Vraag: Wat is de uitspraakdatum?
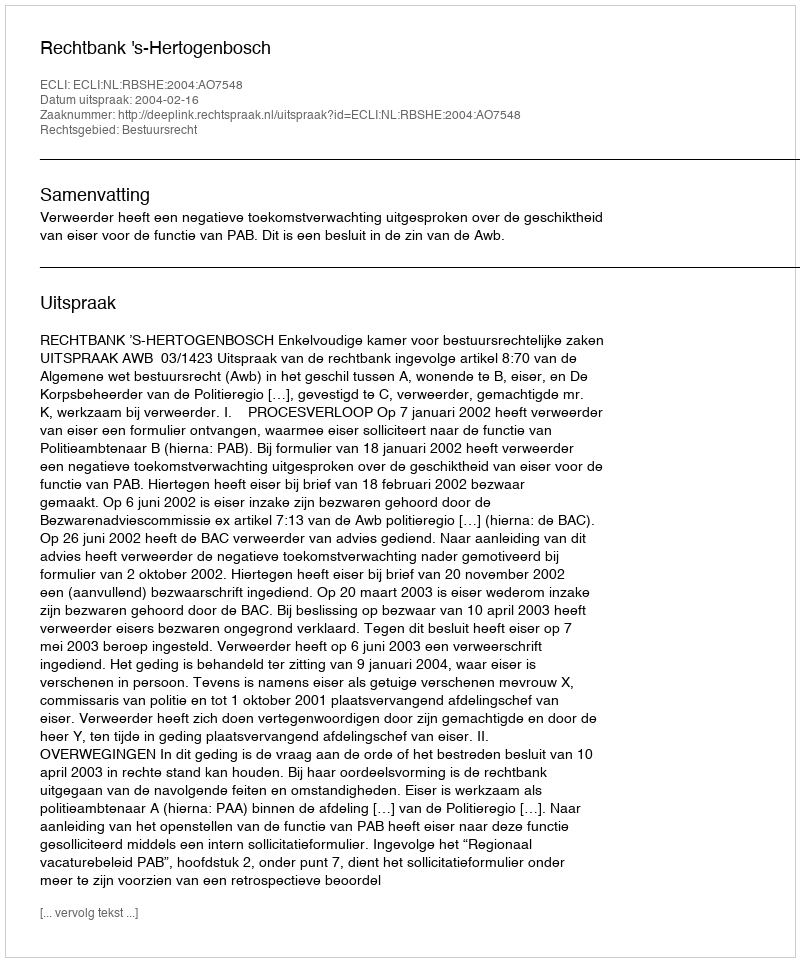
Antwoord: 2004-02-16